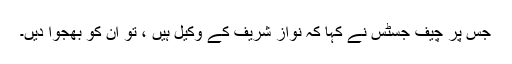
جس پر چیف جسٹس نے کہا کہ نواز شریف کے وکیل ہیں ،ْ تو ان کو بھجوا دیں۔